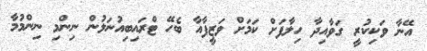
އޭނާ ވަކިކުރީ ގަވާއިދާ ހިލާފަށް ކަމަށް ވަޒީފާއާ ބެހޭ ޓްރައިބިއުނަލުން ނިންމި ނިންމުމާ